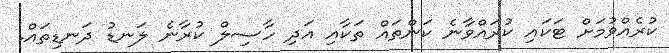
ކުރެއްވުމަށް ޓަކައި ކުރައްވާނެ ކަންތައް ތަކާއި އަދި ހާސިލް ކުރާނެ ލަނޑު ދަނޑިތައް.